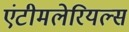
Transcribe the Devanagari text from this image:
एंटीमलेरियल्स